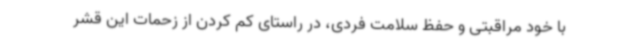
با خود مراقبتی و حفظ سلامت فردی، در راستای کم کردن از زحمات این قشر